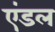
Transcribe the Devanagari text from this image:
एंडल